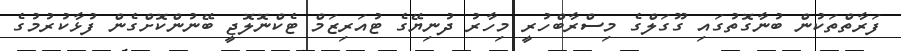
ފަރާތްތަކުން ބުނާގޮތުގައި ގޫގަލްގެ މިސްރާބްހުރީ މިހާރު ދުނިޔޭގެ ޓުއަރިޒަމް ޓެކްނޮލޮޖީ ބޭނުންކޮށްގެން ފުޅާކުރުމުގެ